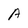
Character: A